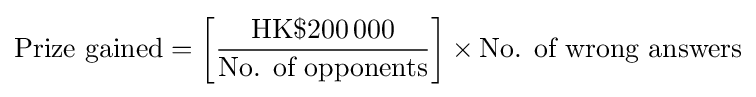
{\text{Prize gained}}=\left[{\frac {{\textrm {HK}}\$200\,000}{\text{No. of opponents}}}\right]\times {\text{No. of wrong answers}}